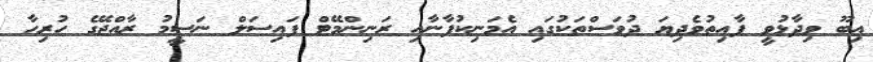
އިބޫ ވިދާޅުވީ ފާއިތުވެދިޔަ ދުވަސްތަކުގައި އެމަނިކުފާނާއި ރަނިންމޭޓް ފައިސަލް ނަސީމު ރާއްޖޭގެ ހުރިހާ